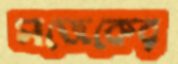
সাজেকের